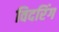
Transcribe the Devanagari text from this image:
विदरिंग